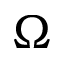
\Omega